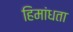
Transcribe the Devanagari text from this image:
हिमांधता